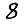
Digit: 8